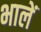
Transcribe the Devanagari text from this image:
भालें